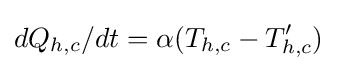
dQ_{h,c}/dt=\alpha (T_{h,c}-T'_{h,c})